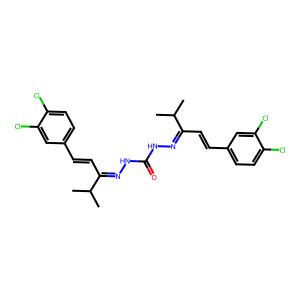
SMILES: CC(C)C(C=Cc1ccc(Cl)c(Cl)c1)=NNC(=O)NN=C(C=Cc1ccc(Cl)c(Cl)c1)C(C)C
Inhibits HIV replication: No